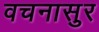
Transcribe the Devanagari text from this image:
वचनासुर